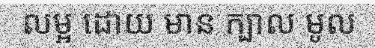
លម្អ ដោយ មាន ក្បាល មូល